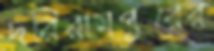
দরিরামপুরের